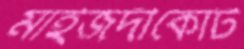
মাইজদীকোর্ট